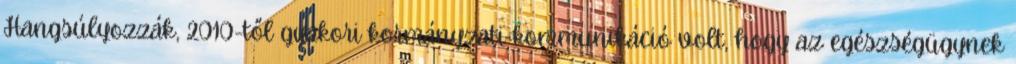
Hangsúlyozzák, 2010-től gyakori kormányzati kommunikáció volt, hogy az egészségügynek